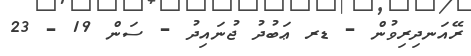
ރޭއަނދިރިވުން - ޑރ ޢަބުދު ޖުނައިދު - ސަން 19 - 23